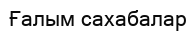
Ғалым сахабалар